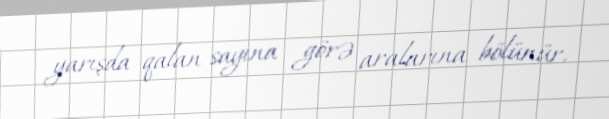
yarışda qalan sayına görə aralarına bölünür.